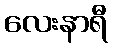
လေးနာရီ